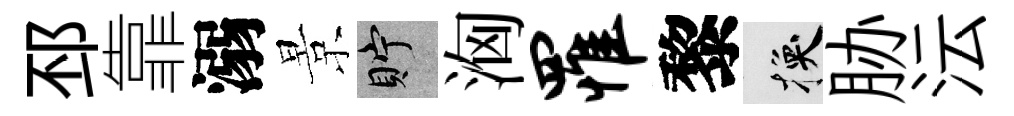
邳靠溺景貯洶罹黎换胁沄